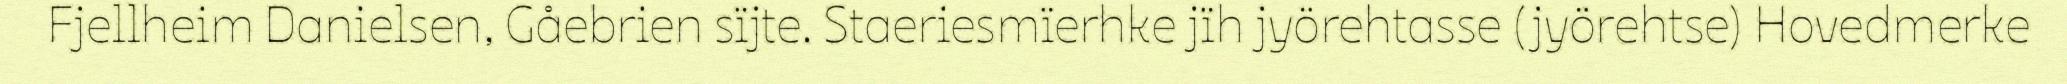
Fjellheim Danielsen, Gåebrien sïjte. Staeriesmïerhke jïh jyörehtasse (jyörehtse) Hovedmerke